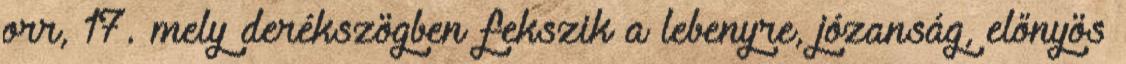
orr, 17. mely derékszögben fekszik a lebenyre, józanság, előnyös